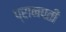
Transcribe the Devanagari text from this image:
प्रानपती